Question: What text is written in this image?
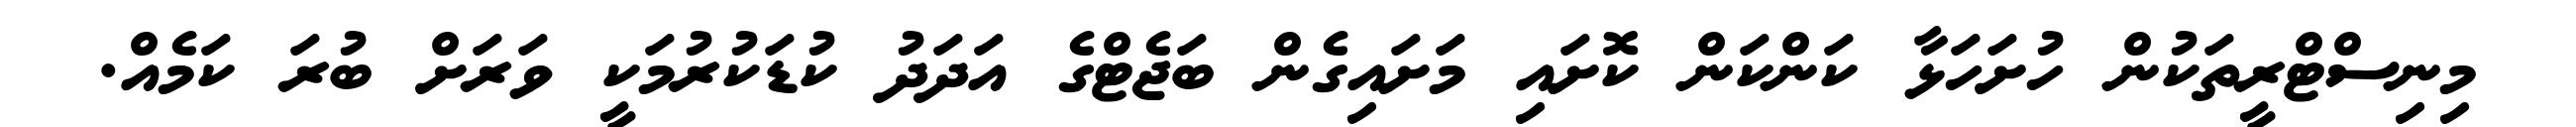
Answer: މިނިސްޓްރީތަކުން ހުށަހަޅާ ކަންކަން ކޮށައި މަށައިގެން ބަޖެޓްގެ އަދަދު ކުޑަކުރުމަކީ ވަރަށް ބުރަ ކަމެއް.